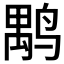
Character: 𪉐